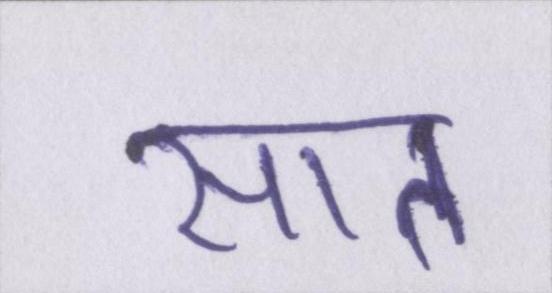
सात